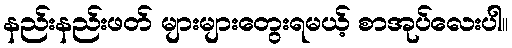
နည်းနည်းဖတ် များများတွေးရမယ့် စာအုပ်လေးပါ။